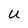
Character: U